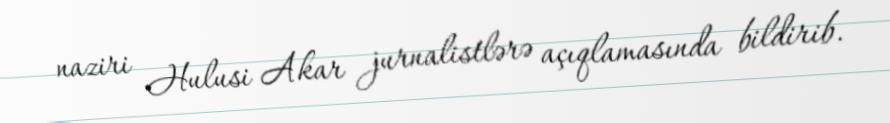
naziri Hulusi Akar jurnalistlərə açıqlamasında bildirib.